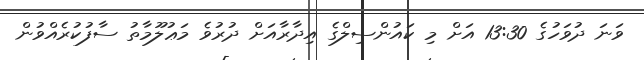
ވަނަ ދުވަހުގެ 13:30 އަށް މި ކައުންސިލްގެ އިދާރާއަށް ދުރުވެ މަޢުލޫމާތު ސާފުކުރެއްވުން